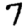
Digit: 7